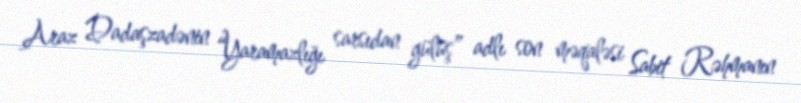
Araz Dadaşzadənin “Yaramazlığı sarsıdan gülüş” adlı son məqaləsi Sabit Rəhmanın